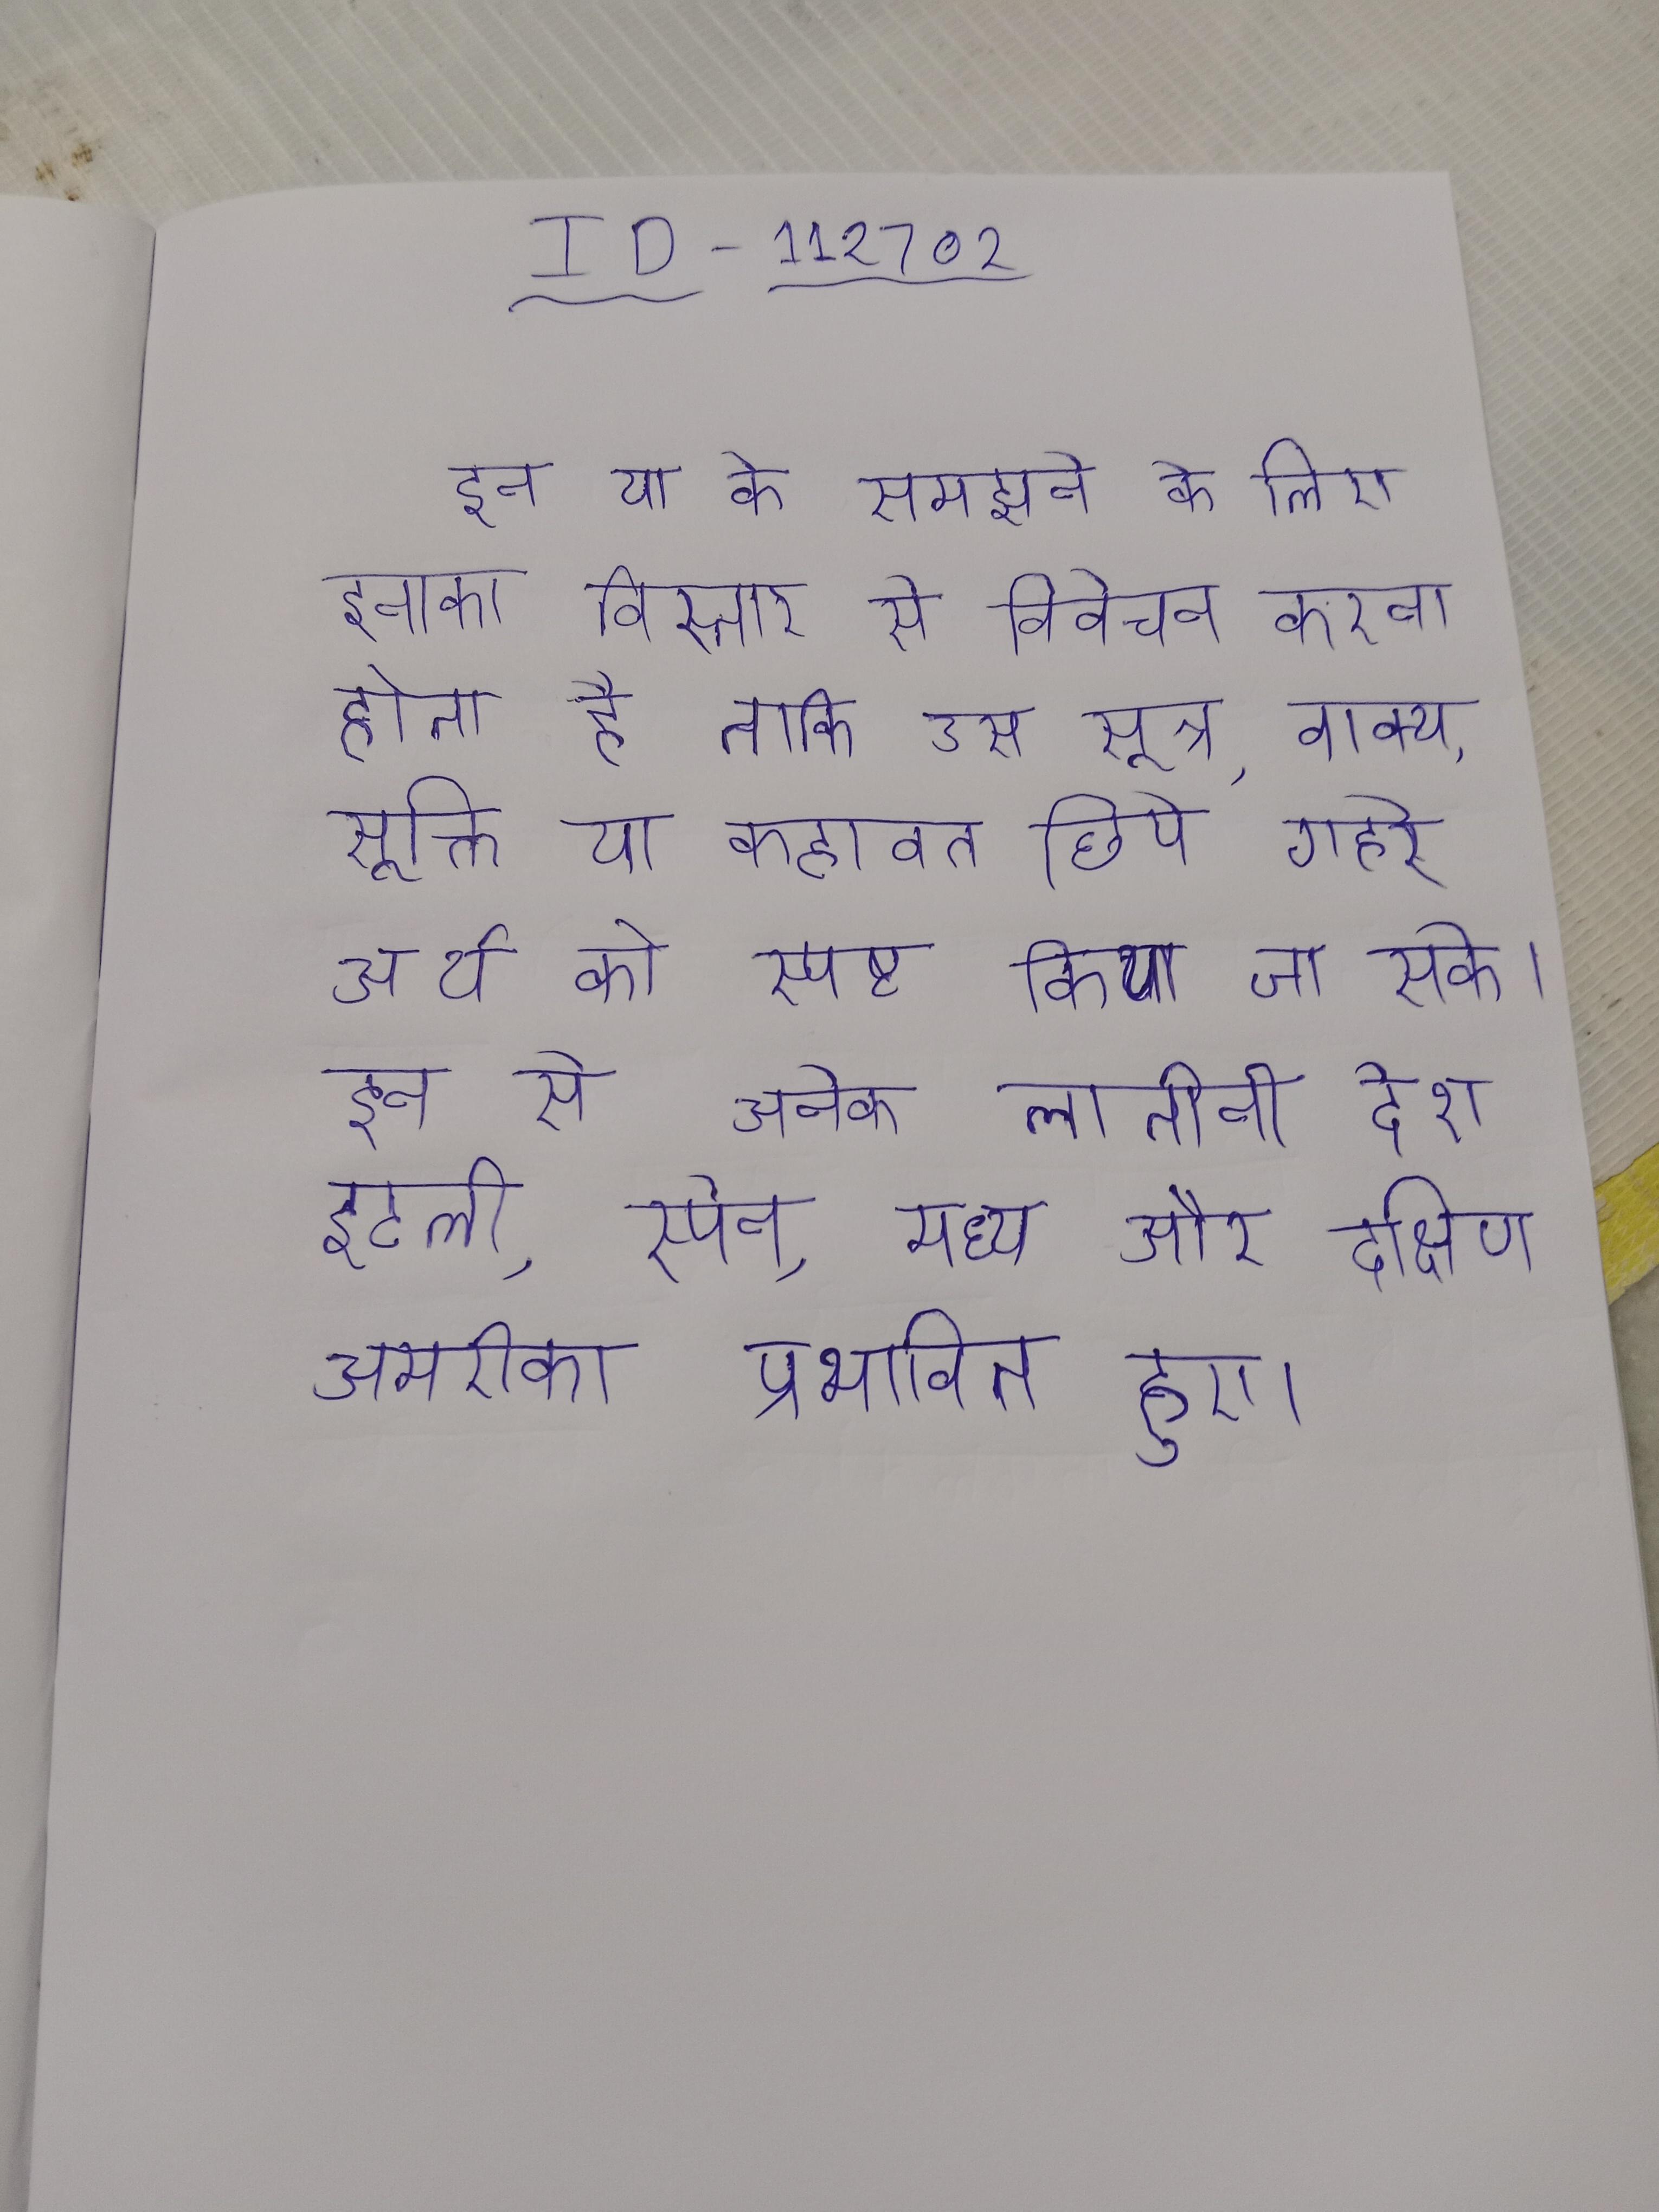
इन या के समझने के लिए इनका विस्तार से विवेचन करना होता है ताकि उस सूत्र, वाक्य, सूक्ति या कहावत छिपे गहरे अर्थ को स्पष्ट किया जा सके । इन से अनेक लातीनी देश इटली, स्पेन, मध्य और दक्षिण अमरीका प्रभावित हुए ।